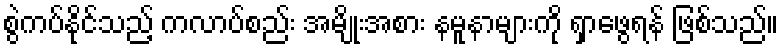
စွဲကပ်နိုင်သည့် ကလာပ်စည်း အမျိုးအစား နမူနာများကို ရှာဖွေရန် ဖြစ်သည်။